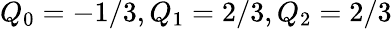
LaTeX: Q_{0}=-1/3,Q_{1}=2/3,Q_{2}=2/3